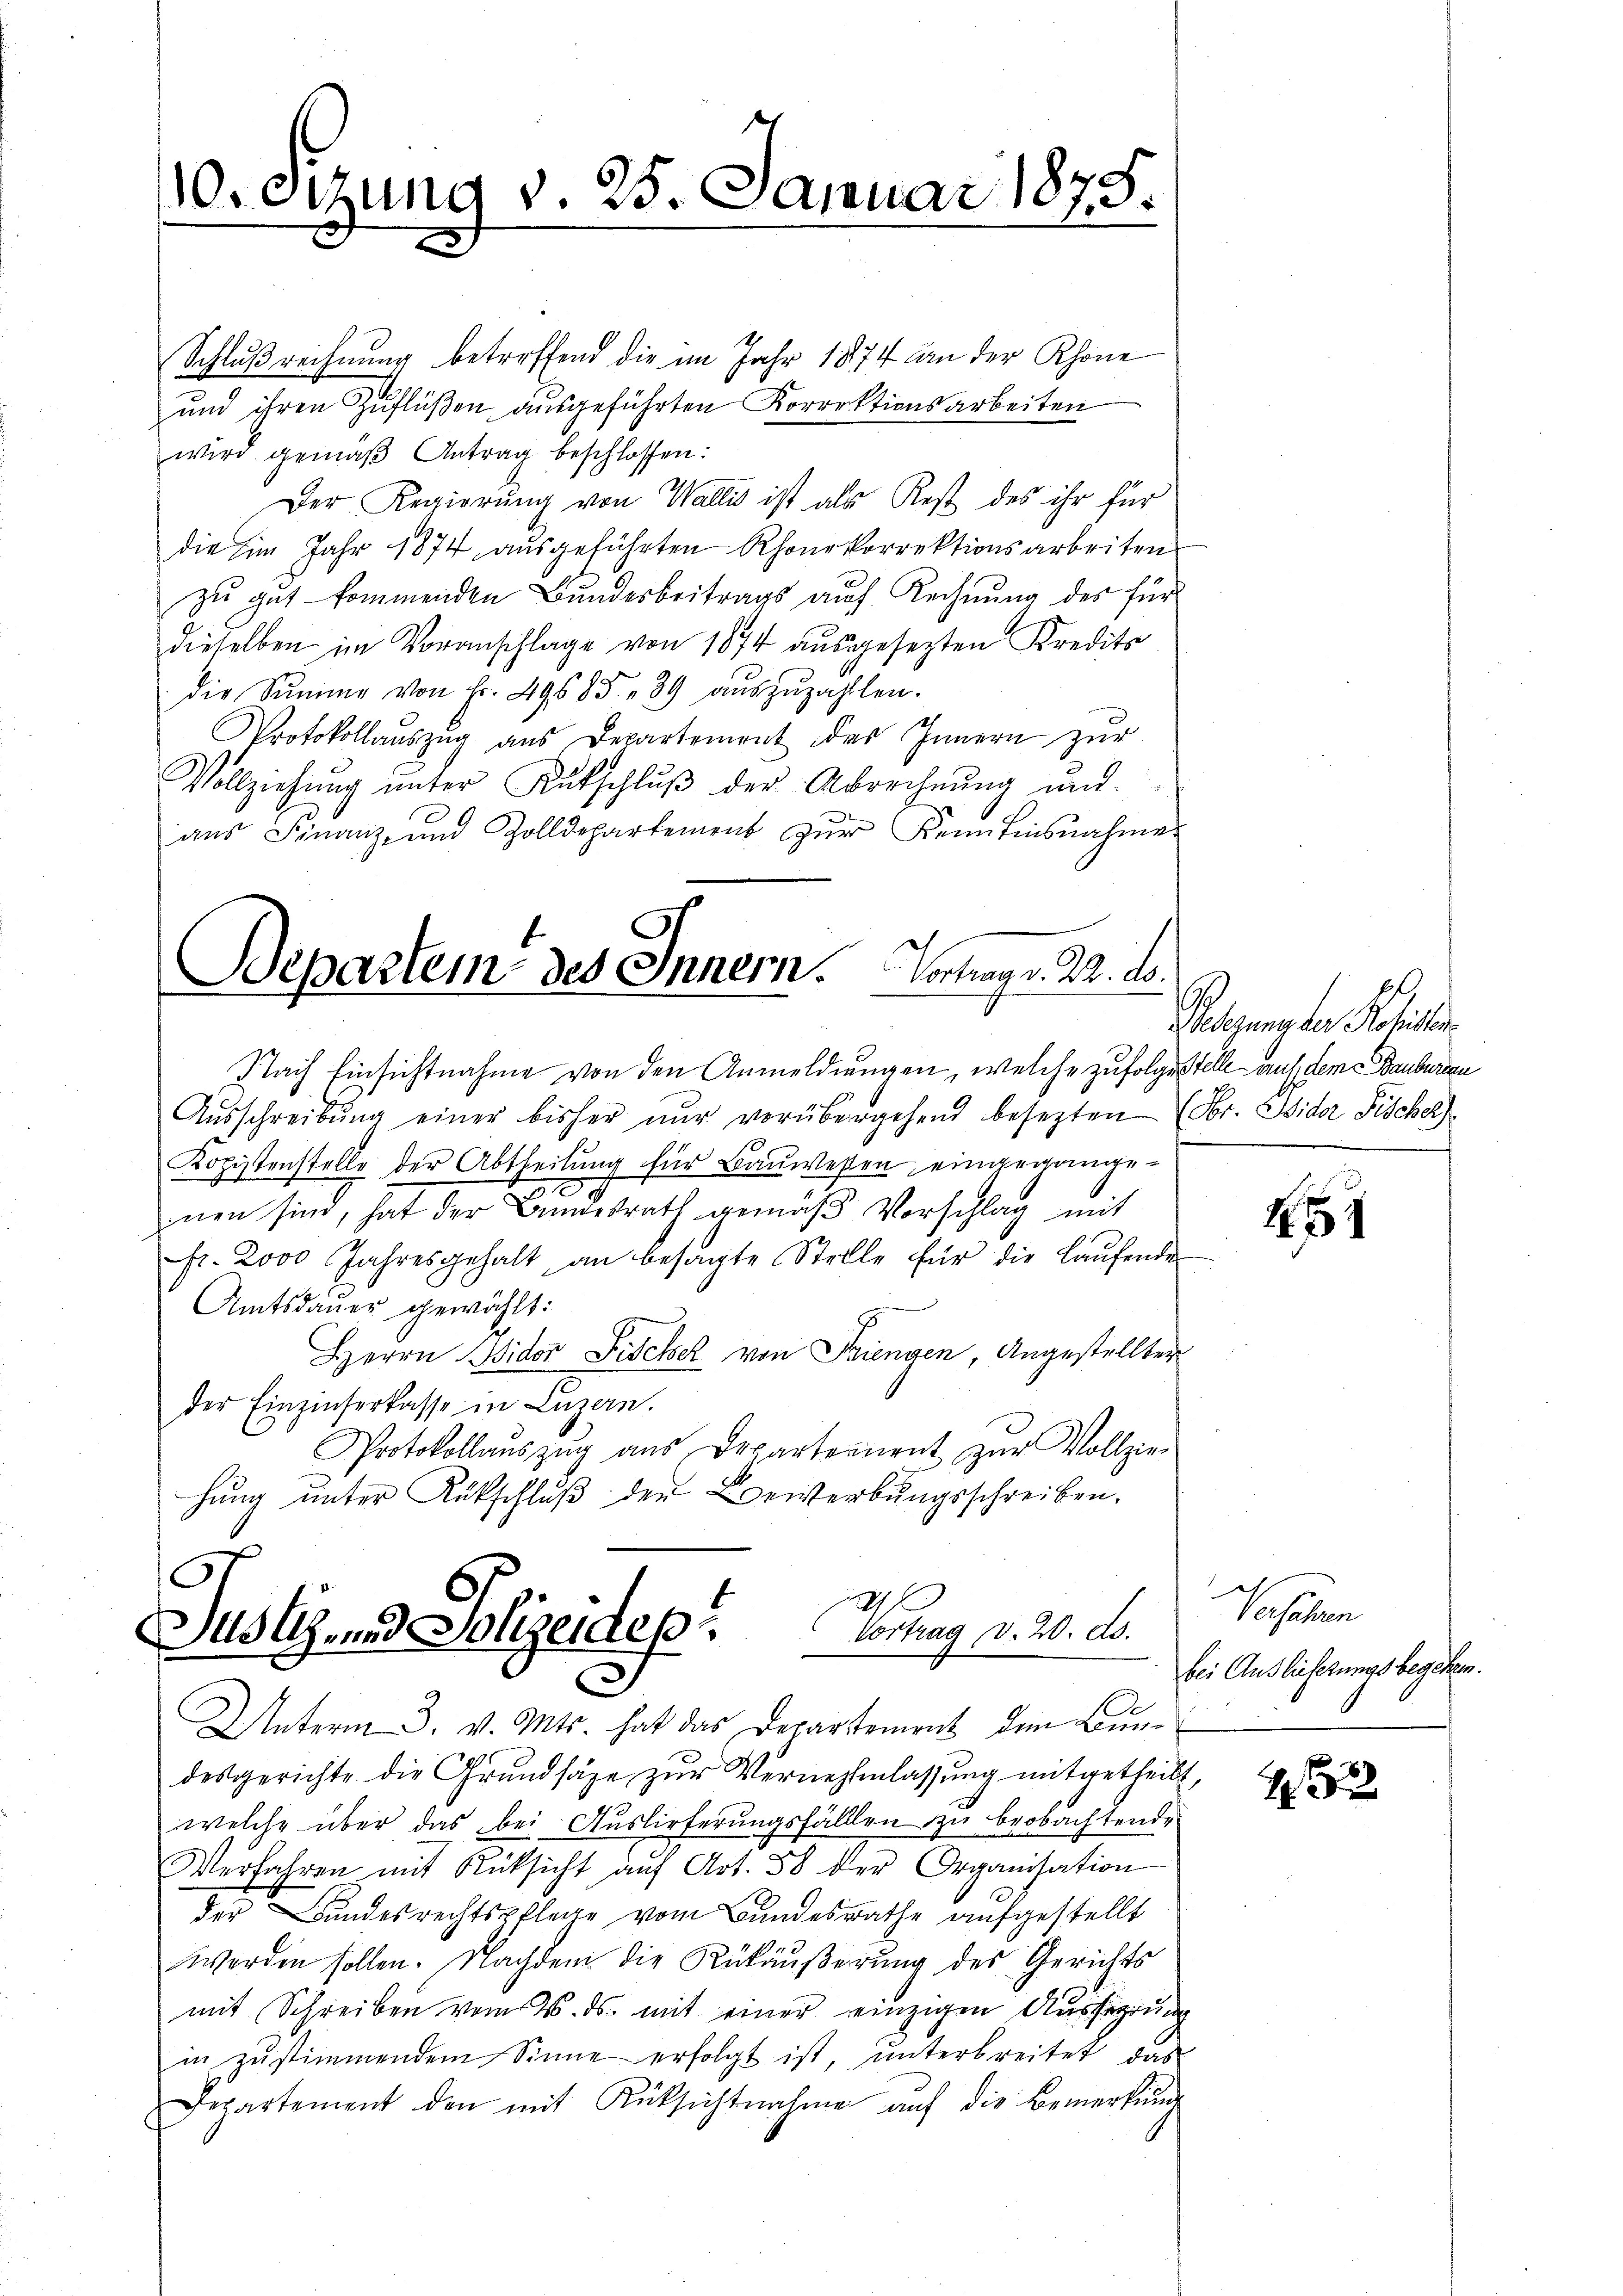
Schlußrechnung betreffend die im Jahr 1874 an der Rhone
und ihren Zuflüßen, ausgeführten Korrektionsarbeiten
wird gemäβ Antrag beschlossen:
Der Regierŭng von Wallis ist als Rest des ihr für
die im Jahr 1874 aŭsgeführten Rhoŭrkorrektionsarbeiten
zu gut kommenden Bundesbeitrags auch Rechnung des für
dieselben im Voranschlage von 1874 aŭsgesetzten Kredits
die Summe von Fr. 49685. 39 aŭszŭzahlten.
Protokollaŭszŭg ans Departement des Innern zŭr
Vollziehŭng ŭnter Kutschlŭβ der Abrechnŭng und
aŭs Finanz- und Zolldepartement zŭr Kein Einsnahme
Departem des Innern. Vortrag v. 22. ds.

10. Otzung v. 25. Januar 1875.

Nach Einsichtnahme von den Anmeldungen, welche zufolge stelle auf dem Bauberien
Aŭsschreibŭng einer bisher nŭr vorübergehend besezten (Obr. Wider Fischer)
Kopistenstelle der Abtheilung für Bauwesen eingegange¬
4
nen sind, hat der Bundesrath gemäß Vorschlag mit
fr. 2000 Jahresgehalt an besagte Stelle für die Laŭfende
Amtsdauer gewählt:
Herrn Wider Fischer von Friengen, Angestellten
der Einzinserkasse in Luzern.
Protokollaŭszŭg aŭs Departement zŭr Vollzier-
hung unter Rükschluß der Bewerbungsschreiben.

Justiz, und Polizeides Vortrag d. 20. d.

Gelgangen Seiter

Unterm 3. v. Mts. hat das Departement dem Bundesgerichte die Grundsäze zur Vernehmlassung mitgetheilt
welche über das bei Auslieferungsfällen zu beobachtende
Verfahren mit Rücksicht auf Art. 58 der Organisation
der Bundesrechtspflege vom Bundesrathe aufgestellt
werden sollen. Nachdem die Rükäußerung des Gerichts
mit Schreiben vom 4. ds. mit einer einzigen Ausführung
in zŭstimmendem Sinne erfolgt ist, ŭnterbreitet, das
Departement den mit Rüksichtnahme aŭf die Bemerkŭng

451

Verfahren
bei Auslieferungs begehren.

15